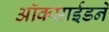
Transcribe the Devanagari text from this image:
ऑक्साईडने